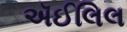
ઍઈલિલ